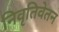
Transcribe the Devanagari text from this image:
निवृतिवेतन